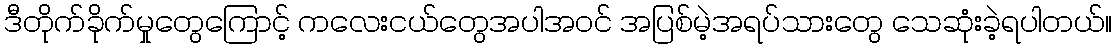
ဒီတိုက်ခိုက်မှုတွေကြောင့် ကလေးငယ်တွေအပါအဝင် အပြစ်မဲ့အရပ်သားတွေ သေဆုံးခဲ့ရပါတယ်။